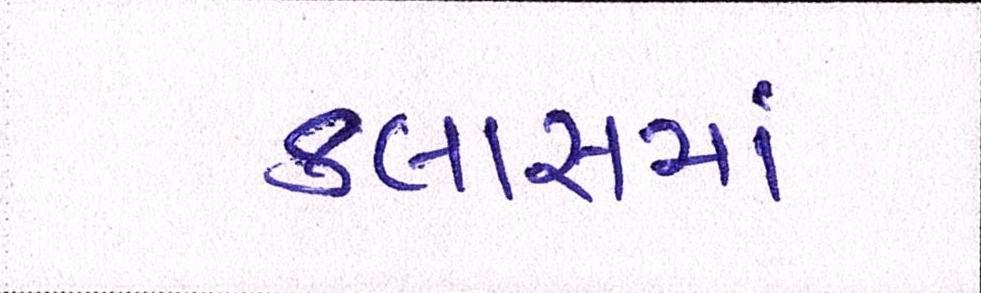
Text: કલાકમાં